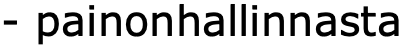
- painonhallinnasta